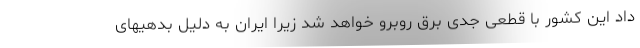
داد این کشور با قطعی جدی برق روبرو خواهد شد زیرا ایران به دلیل بدهیهای